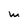
Character: w